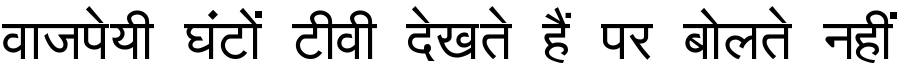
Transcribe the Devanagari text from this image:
वाजपेयी घंटों टीवी देखते हैं पर बोलते नहीं